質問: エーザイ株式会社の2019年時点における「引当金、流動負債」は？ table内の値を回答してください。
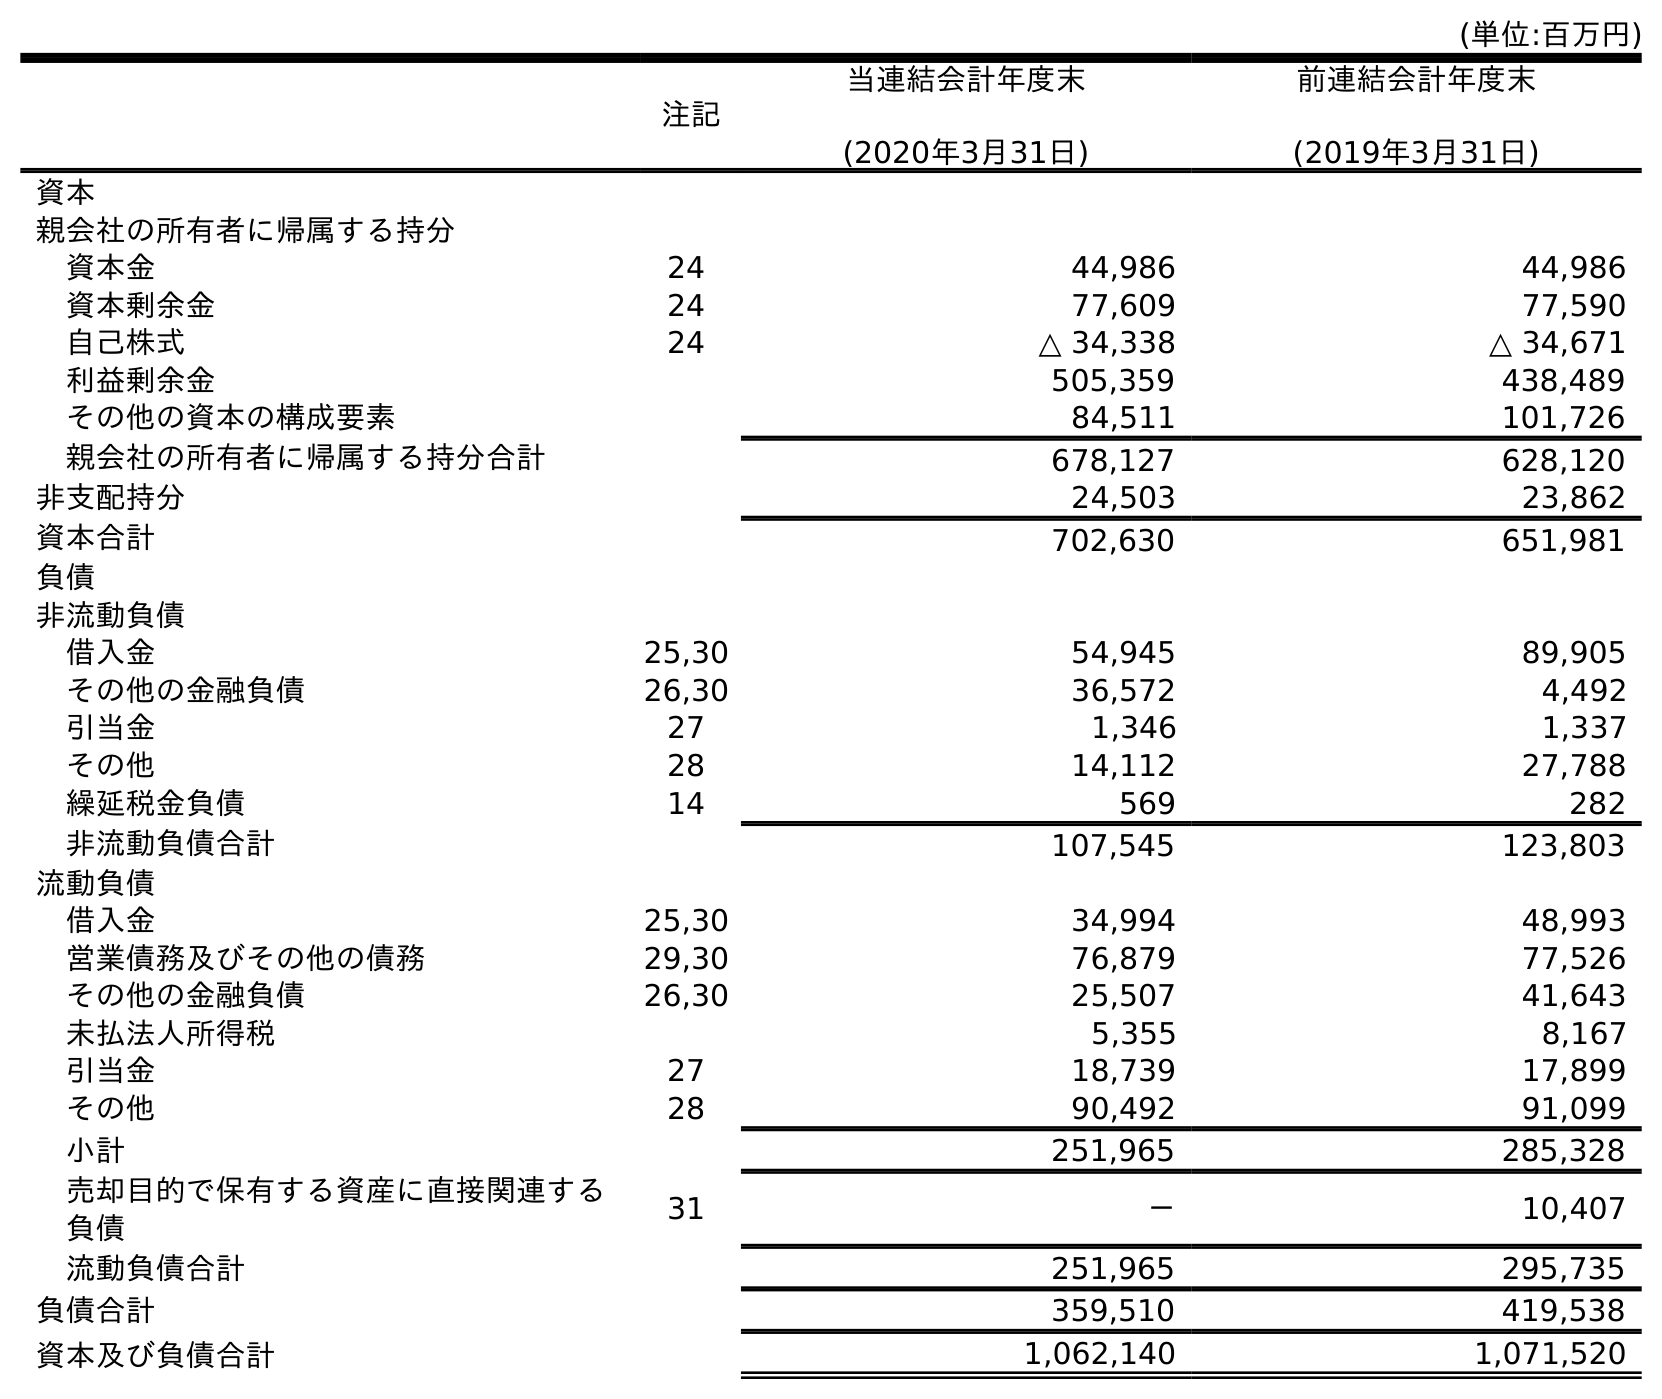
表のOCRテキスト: (単位:百万円) 注記 当連結会計年度末 (2020年3月31日) 前連結会計年度末 (2019年3月31日) 資本 親会社の所有者に帰属する持分 資本金 24 44,986 44,986 資本剰余金 24 77,609 77,590 自己株式 24 △ 34,338 △ 34,671 利益剰余金 505,359 438,489 その他の資本の構成要素 84,511 101,726 親会社の所有者に帰属する持分合計 678,127 628,120 非支配持分 24,503 23,862 資本合計 702,630 651,981 負債 非流動負債 借入金 25,30 54,945 89,905 その他の金融負債 26,30 36,572 4,492 引当金 27 1,346 1,337 その他 28 14,112 27,788 繰延税金負債 14 569 282 非流動負債合計 107,545 123,803 流動負債 借入金 25,30 34,994 48,993 営業債務及びその他の債務 29,30 76,879 77,526 その他の金融負債 26,30 25,507 41,643 未払法人所得税 5,355 8,167 引当金 27 18,739 17,899 その他 28 90,492 91,099 小計 251,965 285,328 売却目的で保有する資産に直接関連する 負債 31 － 10,407 流動負債合計 251,965 295,735 負債合計 359,510 419,538 資本及び負債合計 1,062,140 1,071,520
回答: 17,899